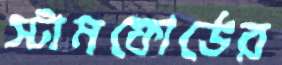
স্টামফোর্ডের